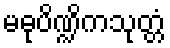
မဓုပိဏ္ဍိကသုတ္တံ